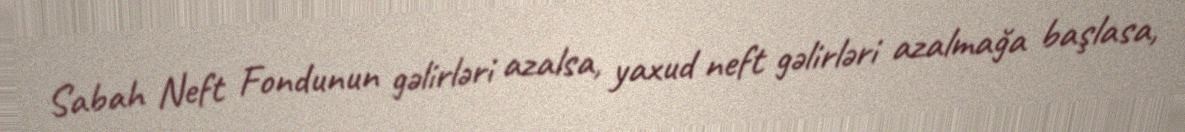
Sabah Neft Fondunun gəlirləri azalsa, yaxud neft gəlirləri azalmağa başlasa,